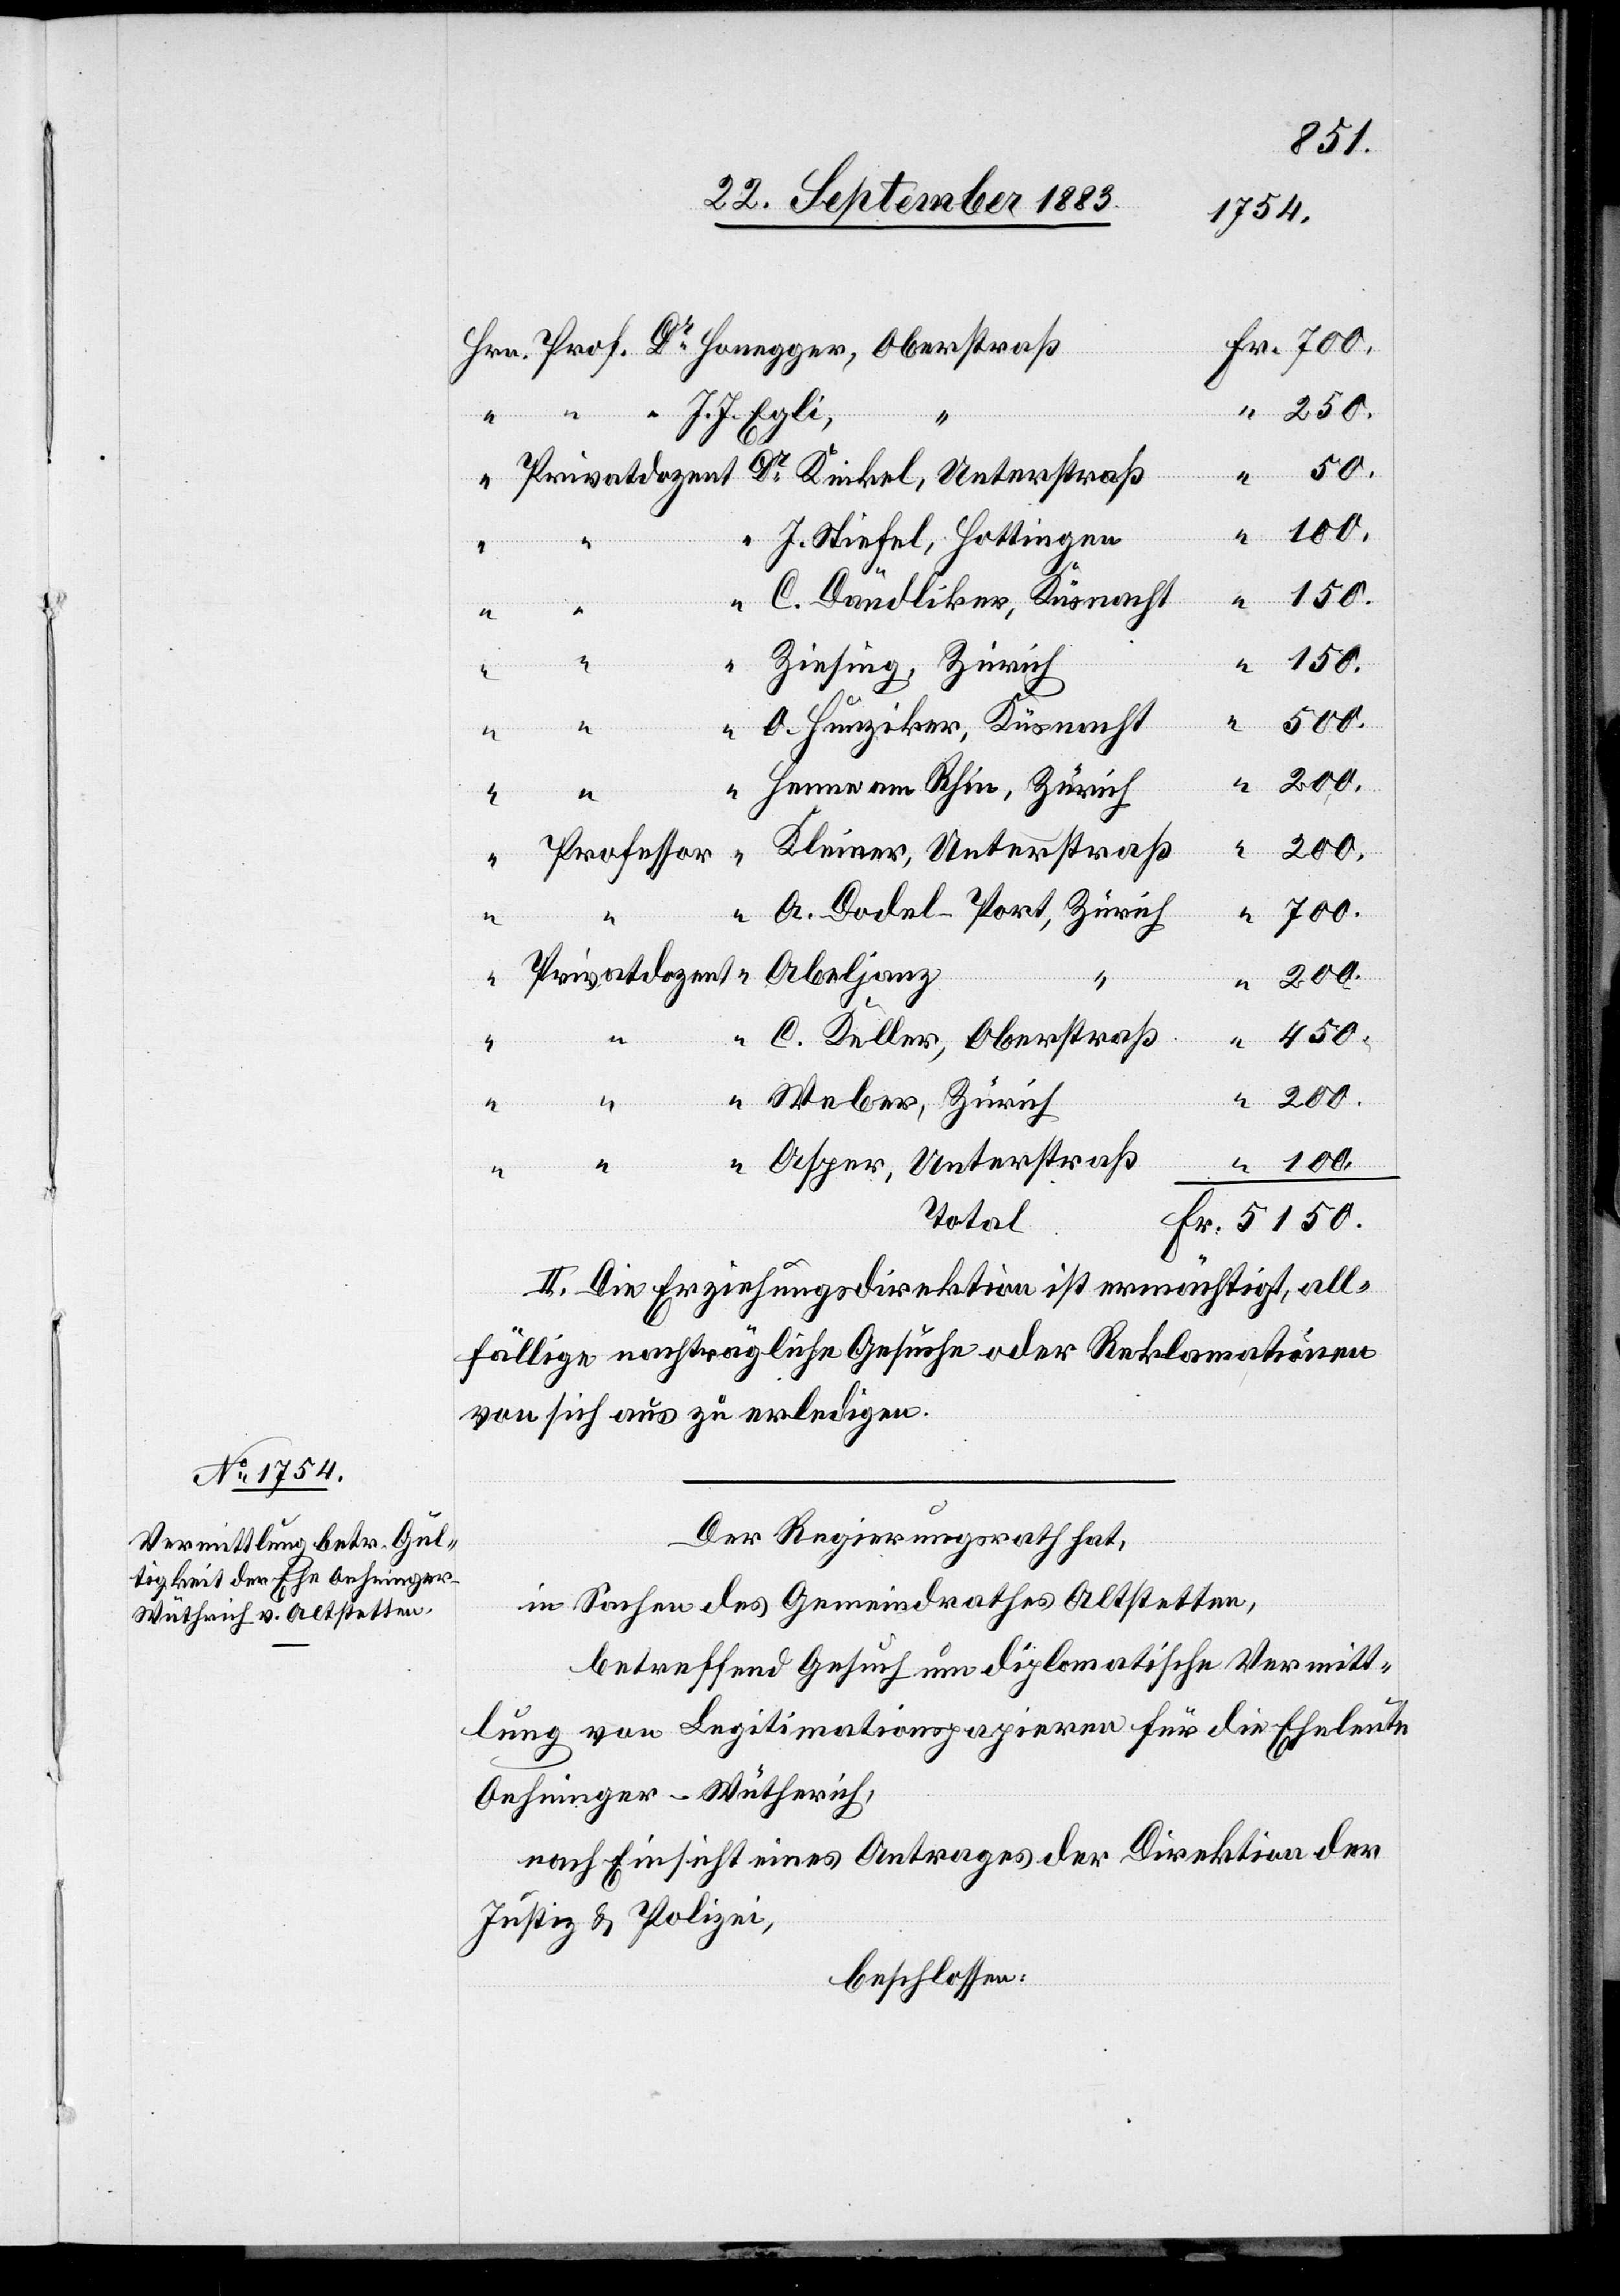
5150
Professor
450
“
Fr.
“
“
200
Total
II. Die Erziehungsdirektion ist ermächtigt, all¬
fällige nachträgliche Gesuche oder Reklamationen
von sich aus zu erledigen.
Der Regierungsrath hat,
in Sachen des Gemeindrathes Altstetten,
betreffend Gesuch um diplomatische Vermitt¬
lung von Legitimationspapieren für die Eheleute
Oehninger-Wüthrich,
nach Einsicht eines Antrages der Direktion der
Justiz & Polizei,
beschlossen: